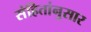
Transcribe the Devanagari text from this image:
संहितांनुसार